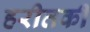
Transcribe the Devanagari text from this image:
हरीतकीं